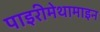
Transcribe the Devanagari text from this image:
पाइरीमेथामाइन